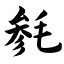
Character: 毵